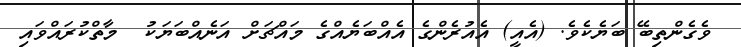
ވެގެންތިބޭ ބަޔެކެވެ. (އެއީ) އެއުރެންގެ އެއްބަޔެއްގެ މައްޗަށް އަނެއްބަޔަކު  މާތްކުރައްވައި